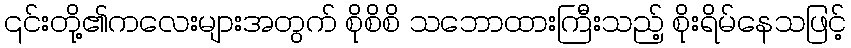
၎င်းတို့၏ကလေးများအတွက် စိုစိစိ သဘောထားကြီးသည့် စိုးရိမ်နေသဖြင့်